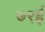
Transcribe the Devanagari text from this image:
७९ई